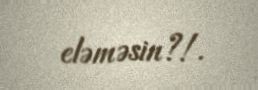
eləməsin?!.